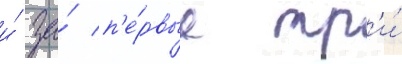
и́ за́ п'е́рвые тр'и́